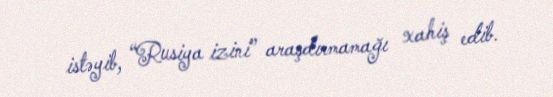
istəyib, “Rusiya izini” araşdırmamağı xahiş edib.